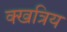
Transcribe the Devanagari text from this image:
क्खत्रिय